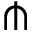
\pitchfork